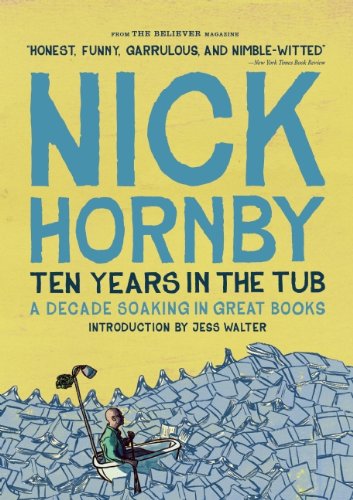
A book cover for Ten Years in the Tub; Nick Hornby; Literature & Fiction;